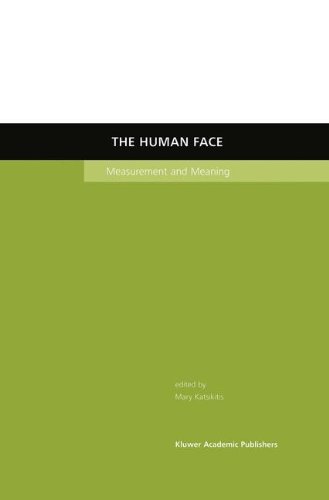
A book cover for The Human Face: Measurement and Meaning; Medical Books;